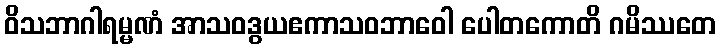
ဝိသဘာဂါရမ္မဏံ အာသဝဒွယဧကာသဝဘာဝေါ ပေါတကောတိ ဂမိဿတေ